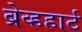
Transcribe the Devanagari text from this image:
ब्रेव्हहार्ट